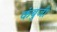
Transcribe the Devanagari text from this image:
कंबुजी